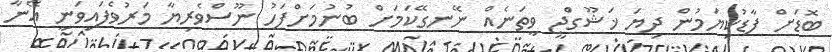
ބޮޑަށް ފާޑުކިޔަމުން ދިޔަ ޚަޝޫގްޖީ ވީތަނެއް ނޭނގޭކަމަށް ބުނުމަށްފަހު ނޫސްވެރިޔާ މަރުވެފައިވަނީ އޭނާ